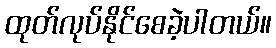
ထုတ်လုပ်နိုင်စေခဲ့ပါတယ်။